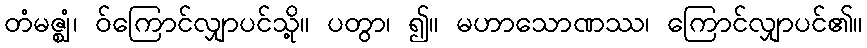
တံမဇ္ဈံ၊ ဝ်ကြောင်လျှာပင်သို့။ ပတွာ၊ ၍။ မဟာသောဏဿ၊ ကြောင်လျှာပင်၏။